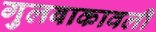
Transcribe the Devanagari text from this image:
गुलबाकावली